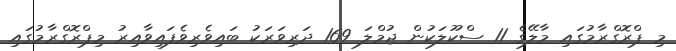
މި ޕްރޮގްރާމުގައި މާލޭގެ 11 ސްކޫލަކުން ޖުމްލަ 169 ދަރިވަރަކު ބައިވެރިވެފައިވާއިރު މިޕްރޮގްރާމުގައި